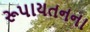
રૂપાયતનના